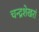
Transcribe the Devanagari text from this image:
चन्द्रशेखरां